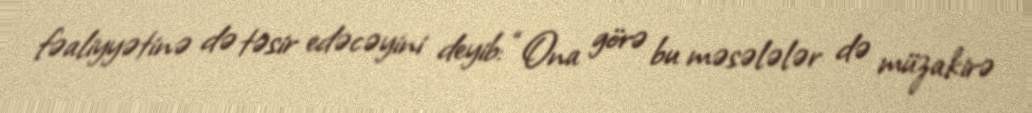
fəaliyyətinə də təsir edəcəyini deyib: “Ona görə bu məsələlər də müzakirə